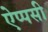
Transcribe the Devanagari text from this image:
ऐप्पसी